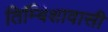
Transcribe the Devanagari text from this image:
तिम्बिशावासी